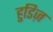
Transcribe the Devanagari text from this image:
हुडिज़